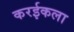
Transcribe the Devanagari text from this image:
करईकला